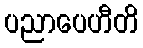
ပညာပေဟီတိ